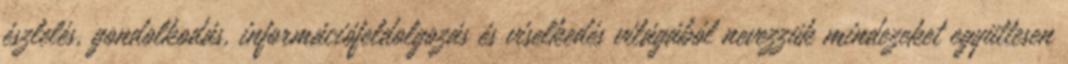
észlelés, gondolkodás, információfeldolgozás és viselkedés világából nevezzük mindezeket együttesen